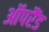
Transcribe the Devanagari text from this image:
ऑपरैंड